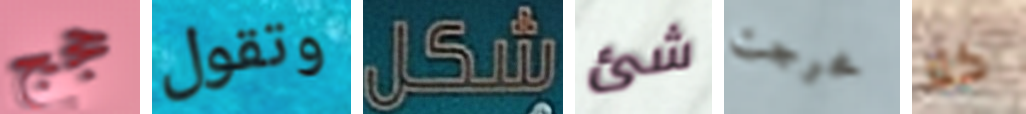
حجج وتقول شكل شئ خرجت كلا